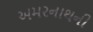
અમરનાથની